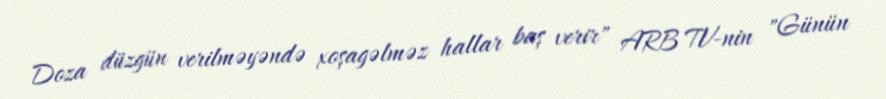
Doza düzgün verilməyəndə xoşagəlməz hallar baş verir" ARB TV-nin "Günün